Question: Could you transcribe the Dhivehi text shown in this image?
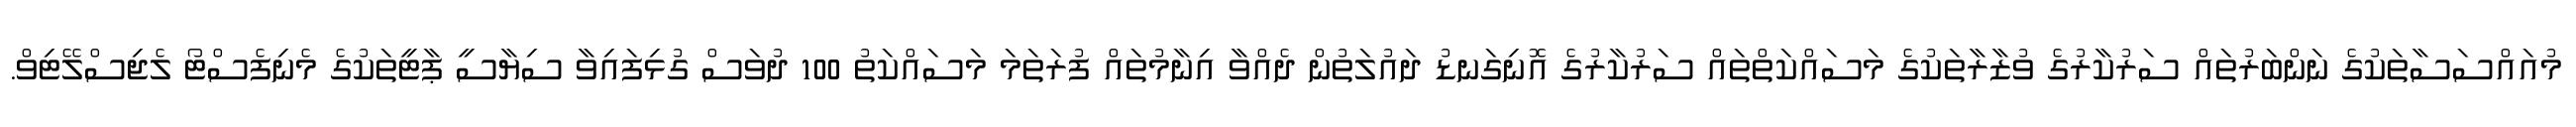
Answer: މުއައްސަސާތަކުގެ ނަންބަރުތައް ސަރުކާރުގެ ވުޒާރާތަކުގެ މަސައްކަތްތައް ސަރުކާރުގެ އޮނިގަނޑު ދައުލަތުން ދެއްވާ އިނާމުތައް ފުރަތަމަ މަސައްކަތު 100 ދުވަސް ގުޅިފައިވާ ސިޔާސީ ޕާޓީތަކުގެ މެނިފެސްޓޯ ލެޖިސްލޭޓިވް.